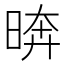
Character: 𪰫